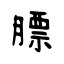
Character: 膘